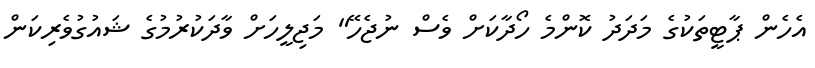
އެހެން ޕާޓީތަކުގެ މަދަދު ކޮންމެ ހޯދާކަށް ވެސް ނުޖެހޭ" މަޖިލީހަށް ވާދަކުރުމުގެ ޝައުގުވެރިކަން